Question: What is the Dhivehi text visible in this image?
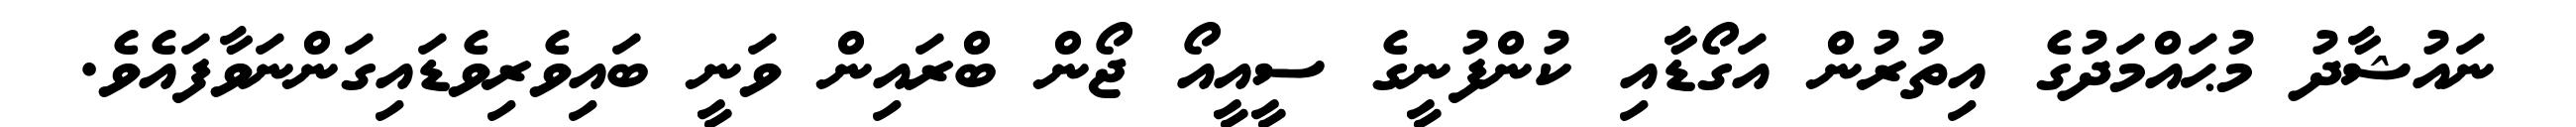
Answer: ނައުޝާދު މުޙައްމަދުގެ އިތުރުން އަގޯޑާއި ކުންފުނީގެ ސީއީއޯ ޖޯން ބްރައިން ވަނީ ބައިވެރިވެޑައިގަންނަވާފައެވެ.